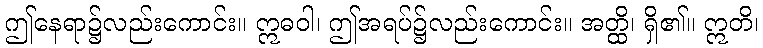
ဤနေရာ၌လည်းကောင်း။ ဣဓဝါ၊ ဤအရပ်၌လည်းကောင်း။ အတ္ထိ၊ ရှိ၏။ ဣတိ၊